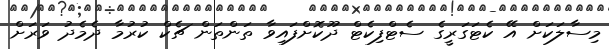
މިސާލަކަށް އޭ ކެޓަގަރީގެ ސެޓްފިކެޓް ދޫކޮށްފައިވާ ތަންތަން ޗެކް ކުރުމާ ދެެމެދު ވަރަށް